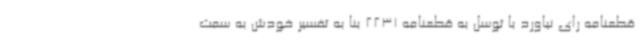
قطعنامه رای نیاورد با توسل به قطعنامه 2231 بنا به تفسیر خودش به سمت